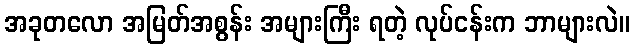
အခုတလော အမြတ်အစွန်း အများကြီး ရတဲ့ လုပ်ငန်းက ဘာများလဲ။